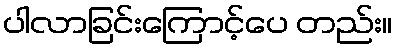
ပါလာခြင်းကြောင့်ပေ တည်း။